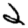
Digit: 2